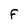
Character: F